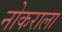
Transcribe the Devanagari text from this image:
नोकराला